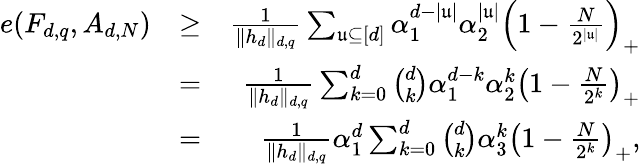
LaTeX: \begin{array}{rlr}{e(F_{d,q},A_{d,N})}&{\ge}&{\frac{1}{\| h_{d}\| _{d,q}}\sum_{\mathfrak{u}\subseteq[d]}\alpha_{1}^{d-|\mathfrak{u}|}\alpha_{2}^{|\mathfrak{u}|}\left(1-\frac{N}{2^{|\mathfrak{u}|}}\right)_{+}}\\ &{=}&{\frac{1}{\| h_{d}\| _{d,q}}\sum_{k=0}^{d}{\binom{d}{k}}\alpha_{1}^{d-k}\alpha_{2}^{k}\left(1-\frac{N}{2^{k}}\right)_{+}}\\ &{=}&{\frac{1}{\| h_{d}\| _{d,q}}\alpha_{1}^{d}\sum_{k=0}^{d}{\binom{d}{k}}\alpha_{3}^{k}\left(1-\frac{N}{2^{k}}\right)_{+},}\end{array}